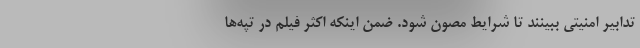
تدابیر امنیتی ببینند تا شرایط مصون شود. ضمن اینکه اکثر فیلم در تپه‌ها